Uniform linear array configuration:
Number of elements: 64
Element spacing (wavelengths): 0.25
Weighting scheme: blackman
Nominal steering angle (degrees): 30
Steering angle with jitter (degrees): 28.49
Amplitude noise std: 0.05
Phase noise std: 0.05

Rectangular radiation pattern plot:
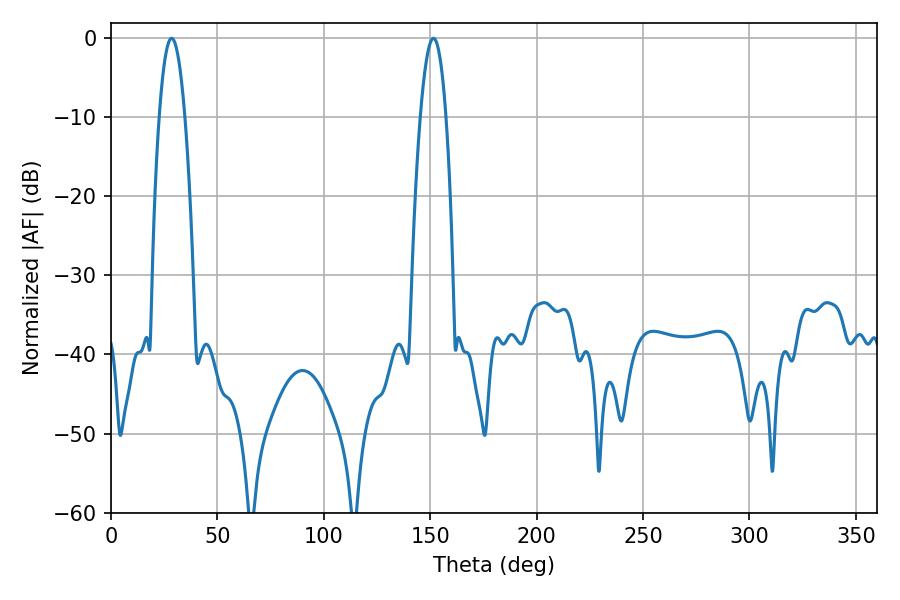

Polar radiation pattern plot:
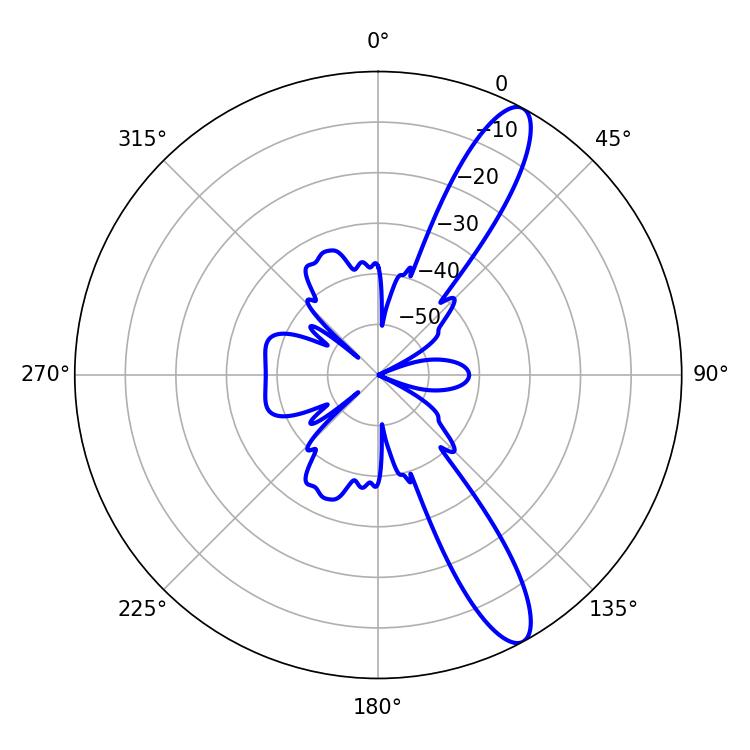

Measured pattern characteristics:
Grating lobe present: FALSE
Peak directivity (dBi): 12.246
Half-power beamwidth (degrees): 6.66
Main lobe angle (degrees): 28.44